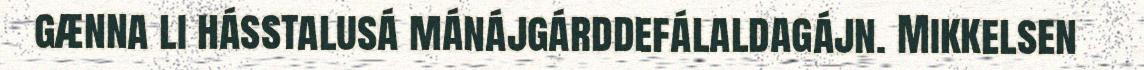
gænna li hásstalusá mánájgárddefálaldagájn. Mikkelsen